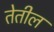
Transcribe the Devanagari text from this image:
तेतील